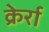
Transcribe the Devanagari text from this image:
क्रेर्रा